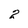
Character: 2